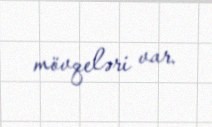
mövqeləri var.